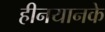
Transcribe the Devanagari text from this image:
हीनयानके